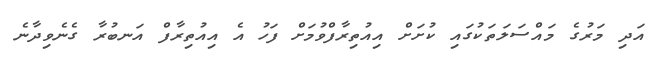
އަދި މަރުގެ މައްސަލަތަކުގައި ކުށަށް އިއުތިރާފްވުމަށް ފަހު އެ އިއުތިރާފް އަނބުރާ ގެނެވިދާނެ